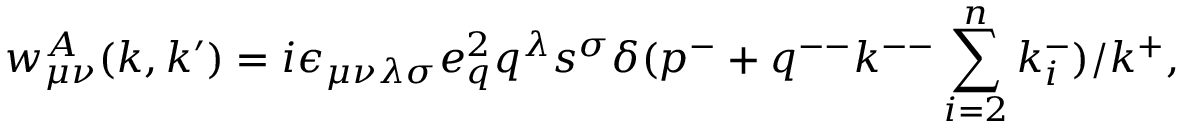
w _ { \mu \nu } ^ { A } ( k , k ^ { \prime } ) = i \epsilon _ { \mu \nu \lambda \sigma } e _ { q } ^ { 2 } q ^ { \lambda } s ^ { \sigma } \delta ( p ^ { - } + q ^ { -- } k ^ { -- } \sum _ { i = 2 } ^ { n } k _ { i } ^ { - } ) / k ^ { + } ,